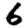
Digit: 6